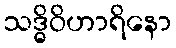
သဒ္ဓိဝိဟာရိနော